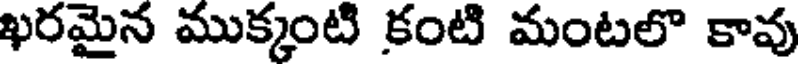
ఖరమైన ముక్కంటి కంటి మంటలొ కావు